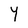
Character: Y